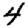
Digit: 4